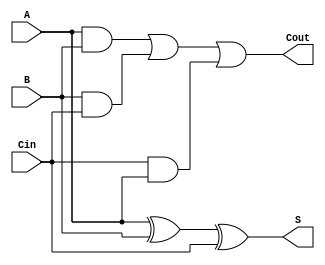
`timescale 1ns/1ns

module fullAdder(A, B, Cin, S, Cout);

    input A, B, Cin;
    output S, Cout;

    xor (S, A, B, Cin);
    and (temp1, A, B);
    and (temp2, B, Cin);
    and (temp3, Cin, A);
    or (Cout, temp1, temp2, temp3);

endmodule

module Adder8Bit(A, B, S);

    input [7:0] A, B;
    output [8:0] S;

    wire [8:0] carry_forward;
    buf (carry_forward[0], 1'b0);

    fullAdder f[7:0] (A[7:0], B[7:0], carry_forward[7:0], S[7:0], carry_forward[8:1]);

    buf (S[8], carry_forward[8]);

endmodule

module Adder4Bit(A, B, S);

    input [3:0] A, B;
    output [3:0] S;

    wire [4:0] carry_forward;
    buf (carry_forward[0], 1'b0);

    fullAdder f[3:0] (A[3:0], B[3:0], carry_forward[3:0], S[3:0], carry_forward[4:1]);

endmodule

module FullSubtractor(A, B, Bin, D, Bout);

    input A, B, Bin;
    output D, Bout;

    xor (D, A, B, Bin);
    not (Abar, A);
    and (temp1, Abar, B);
    and (temp2, Abar, Bin);
    and (temp3, B, Bin);
    or (Bout, temp1, temp2, temp3);

endmodule

module Subtractor4Bit(A, B, D, Bout);

    input [3:0] A, B;
    output [3:0] D;
    output Bout;

    wire [4:0] borrow_forward;
    buf (borrow_forward[0], 1'b0);
    FullSubtractor f[3:0] (A[3:0], B[3:0], borrow_forward[3:0], D[3:0], borrow_forward[4:1]);
    buf (Bout, borrow_forward[4]);

endmodule

module Multiplexer2to1_8Bit(A0, A1, Sel, B);

    input [7:0] A0, A1;
    input Sel;
    output [7:0] B;
    
    wire notSel;
    wire [7:0] temp0, temp1;
    not (notSel, Sel);

    and a0 [7:0] (temp0, A0, notSel);
    and a1 [7:0] (temp1, A1, Sel);
    or o [7:0] (B, temp0, temp1);

endmodule

module Multiplexer2to1_4Bit(A0, A1, Sel, B);

    input [3:0] A0, A1;
    input Sel;
    output [3:0] B;
    
    wire notSel;
    wire [3:0] temp0, temp1;
    not (notSel, Sel);

    and a0 [3:0] (temp0, A0, notSel);
    and a1 [3:0] (temp1, A1, Sel);
    or o [3:0] (B, temp0, temp1);

endmodule

module Multiplexer2to1_7Bit(A0, A1, Sel, B);

    input [6:0] A0, A1;
    input Sel;
    output [6:0] B;
    
    wire notSel;
    wire [6:0] temp0, temp1;
    not (notSel, Sel);

    and a0 [6:0] (temp0, A0, notSel);
    and a1 [6:0] (temp1, A1, Sel);
    or o [6:0] (B, temp0, temp1);

endmodule

module Multiplexer8to1(A0, A1, A2, A3, A4, A5, A6, A7, Sel, B);

    input [7:0] A0, A1, A2, A3, A4, A5, A6, A7;
    input [2:0] Sel;
    output [7:0] B;

    wire [2:0] notSel;
    wire [7:0] temp0, temp1, temp2, temp3, temp4, temp5, temp6, temp7;
    not n [2:0] (notSel, Sel);

    and (t0, notSel[0], notSel[1], notSel[2]);
    and a0 [7:0] (temp0, A0, t0);

    and (t1, Sel[0], notSel[1], notSel[2]);
    and a1 [7:0] (temp1, A1, t1);

    and (t2, notSel[0], Sel[1], notSel[2]);
    and a2 [7:0] (temp2, A2, t2);

    and (t3, Sel[0], Sel[1], notSel[2]);
    and a3 [7:0] (temp3, A3, t3);

    and (t4, notSel[0], notSel[1], Sel[2]);
    and a4 [7:0] (temp4, A4, t4);

    and (t5, Sel[0], notSel[1], Sel[2]);
    and a5 [7:0] (temp5, A5, t5);

    and (t6, notSel[0], Sel[1], Sel[2]);
    and a6 [7:0] (temp6, A6, t6);

    and (t7, Sel[0], Sel[1], Sel[2]);
    and a7 [7:0] (temp7, A7, t7);

    or o [7:0] (B,  temp0, temp1, temp2, temp3, temp4, temp5, temp6, temp7);

endmodule

module BarrelShifter8Bit(A, Sel, B);

    input [7:0] A;
    input [2:0] Sel;
    output [7:0] B;

    // Declaring wire variables
    wire [7:0] Ashifted0, Ashifted1, Ashifted2, Ashifted3, Ashifted4, Ashifted5, Ashifted6, Ashifted7;

    /* 
        Initializing shifted values
    */

    // A shifted by 0 bits
    buf b0 [7:0] (Ashifted0[7:0], A[7:0]);

    // A shifted by 1 bits
    buf b2 [6:0] (Ashifted1[6:0], A[7:1]);
    buf b3 [7:7] (Ashifted1[7:7], 1'b0);

    // A shifted by 2 bits
    buf b4 [5:0] (Ashifted2[5:0], A[7:2]);
    buf b5 [7:6] (Ashifted2[7:6], 2'b0);

    // A shifted by 3 bits
    buf b6 [4:0] (Ashifted3[4:0], A[7:3]);
    buf b7 [7:5] (Ashifted3[7:5], 3'b0);

    // A shifted by 4 bits
    buf b8 [3:0] (Ashifted4[3:0], A[7:4]);
    buf b9 [7:4] (Ashifted4[7:4], 4'b0);

    // A shifted by 5 bits
    buf b10 [2:0] (Ashifted5[2:0], A[7:5]);
    buf b11 [7:3] (Ashifted5[7:3], 5'b0);

    // A shifted by 6 bits
    buf b12 [1:0] (Ashifted6[1:0], A[7:6]);
    buf b13 [7:2] (Ashifted6[7:2], 6'b0);

    // A shifted by 7 bits
    buf b14 [0:0] (Ashifted7[0:0], A[7:7]);
    buf b15 [7:1] (Ashifted7[7:1], 7'b0);

    // Using a multiplexer to find the final answer 

    Multiplexer8to1 m (Ashifted0, Ashifted1, Ashifted2, Ashifted3, Ashifted4, Ashifted5, Ashifted6, Ashifted7, Sel, B);

endmodule


module Float_Adder_12bit (X, Y, Z);

    input [11:0] X, Y;
    output [11:0] Z;

    buf (Z[11], 1'b0);

    wire [3:0] K, XE, YE, ZE;

    buf b0[3:0] (XE[3:0], X[10:7]);
    buf b1[3:0] (YE[3:0], Y[10:7]);

    Subtractor4Bit s (XE, YE, K, Bout);

    wire [7:0] temp, Xm, Ym, temp1, Zm;

    buf b2[6:0] (Xm[6:0], X[6:0]);
    buf b3[6:0] (Ym[6:0], Y[6:0]);
    buf (Xm[7], 1'b1);
    buf (Ym[7], 1'b1);

    BarrelShifter8Bit b (Ym[7:0], K[2:0], temp[7:0]);

    Multiplexer2to1_8Bit m (temp[7:0], 8'b0, K[3], temp1[7:0]);

    wire [8:0] Sm;

    Adder8Bit a (Xm[7:0], temp1[7:0], Sm[8:0]);

    Multiplexer2to1_7Bit m1 (Sm[6:0], Sm[7:1], Sm[8], Zm[6:0]);

    wire [3:0] tempe;

    Adder4Bit a1 (XE[3:0], 4'b0001, tempe[3:0]);

    Multiplexer2to1_4Bit m2 (XE[3:0], tempe[3:0], Sm[8], ZE[3:0]);

    buf b4[3:0] (Z[10:7], ZE[3:0]);
    buf b5[6:0] (Z[6:0], Zm[6:0]);

endmodule